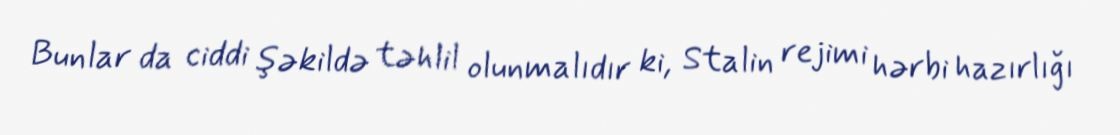
Bunlar da ciddi şəkildə təhlil olunmalıdır ki, Stalin rejimi hərbi hazırlığı